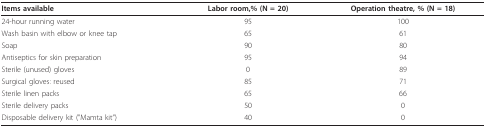
| Items available | Labor room,% (N = 20) | Operation theatre, % (N = 18) |
 | --- | --- | --- |
 | 24-hour running water | 95 | 100 |
 | Wash basin with elbow or knee tap | 65 | 61 |
 | Soap | 90 | 80 |
 | Antiseptics for skin preparation | 95 | 94 |
 | Sterile (unused) gloves | 0 | 89 |
 | Surgical gloves: reused | 85 | 71 |
 | Sterile linen packs | 65 | 66 |
 | Sterile delivery packs | 50 | 0 |
 | Disposable delivery kit ("Mamta kit") | 40 | 0 |